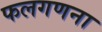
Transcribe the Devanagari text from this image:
फलगणना